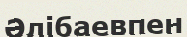
Әлібаевпен